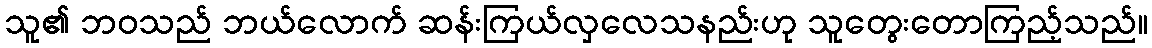
သူ၏ ဘဝသည် ဘယ်လောက် ဆန်းကြယ်လှလေသနည်းဟု သူတွေးတောကြည့်သည်။